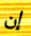
إن